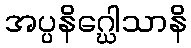
အပ္ပနိဂ္ဃေါသာနိ